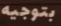
بتوجيه